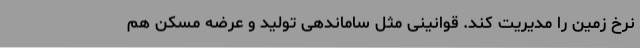
نرخ زمین را مدیریت کند. قوانینی مثل ساماندهی تولید و عرضه مسکن هم